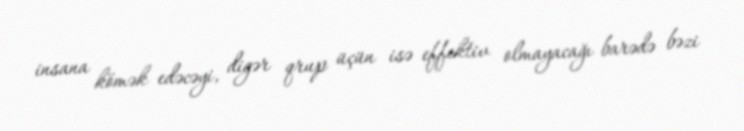
insana kömək edəcəyi, digər qrup üçün isə effektiv olmayacağı barədə bəzi